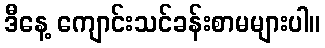
ဒီနေ့ ကျောင်းသင်ခန်းစာမများပါ။